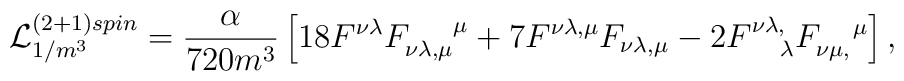
{\cal L}^{(2+1)spin}_{1/m^3}=\frac{\alpha}{720 m^3} \left[18 F^{\nu \lambda}F_{\nu\lambda,\mu}^{~~~~\mu}+7 F^{\nu \lambda,\mu}F_{\nu\lambda,\mu}-2F^{\nu \lambda,}_{~~~\lambda}F_{\nu\mu,}^{~~~\mu}\right],